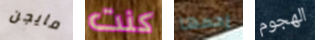
مايجن كنت رحمها الهجوم